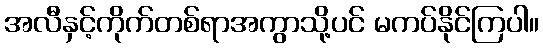
အလီနှင့်ကိုက်တစ်ရာအကွာသို့ပင် မကပ်နိုင်ကြပါ။